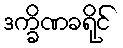
ဒက္ခိဏခရိုင်